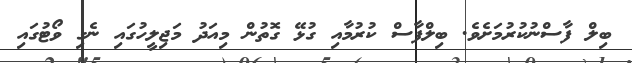
ބިލް ފާސްނުކުރުމަށެވެ. ބިލްފާސް ކުރުމާއި ގުޅޭ ގޮތުން މިއަދު މަޖިލީހުގައި ނެގި ވޯޓުގައި